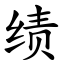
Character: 绩